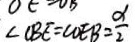
\angle C B E = \angle O E B = \frac { \alpha } { 2 }